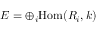
E = \oplus _ { i } { \mathrm { H o m } } ( R _ { i } , k )